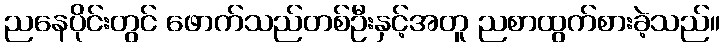
ညနေပိုင်းတွင် ဖောက်သည်တစ်ဦးနှင့်အတူ ညစာထွက်စားခဲ့သည်။